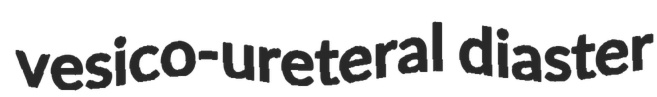
vesico-ureteral diaster